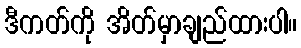
ဒီကတ်ကို အိတ်မှာချည်ထားပါ။